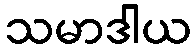
သမာဒါယ